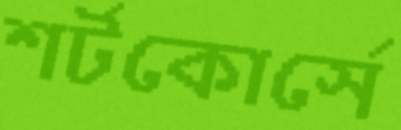
শর্টকোর্সে